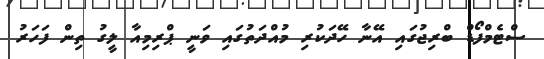
ސްޓެމްފޯޑް ބްރިޖުގައި އޭނާ ހޭދަކުރި މުއްދަތުގައި ވަނީ ޕްރިމިއާ ލީގު ތިން ފަހަރު